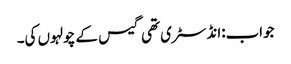
جواب:انڈسٹری تھی گیس کے چولہوں کی۔